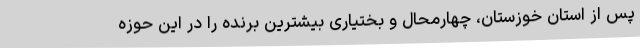
پس از استان خوزستان، چهارمحال و بختیاری بیشترین برنده را در این حوزه